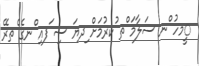
ީމހު ްނ ސަލާމަ ްތ ުކރުމަށް ިދޔަ ސި ަފއި ްނގެ ެތރޭ